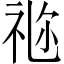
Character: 𥙧